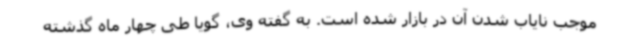
موجب نایاب شدن آن در بازار شده است. به گفته وی، گویا طی چهار ماه گذشته